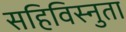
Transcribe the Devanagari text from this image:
सहिविस्नुता